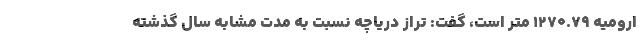
ارومیه ۱۲۷۰.۷۹ متر است، گفت: تراز دریاچه نسبت به مدت مشابه سال گذشته